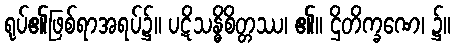
ရုပ်၏ဖြစ်ရာအရပ်၌။ ပဋိသန္ဓိစိတ္တဿ၊ ၏။ ဌိတိက္ခဏေ၊ ၌။